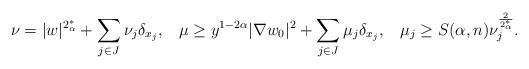
LaTeX: \begin{align*} \displaystyle \nu = |w|^{2^{*}_{\alpha}} + \sum_{j\in J}\nu_{j}\delta_{x_{j}},\;\;\;\displaystyle \mu\geq y^{1-2\alpha}|\nabla w_0|^{2} + \sum_{j\in J}\mu_{j}\delta_{x_{j}},\;\;\; \displaystyle\mu_{j}\geq S(\alpha,n)\nu_{j}^{\frac{2}{2^*_{\alpha}}}.\end{align*}